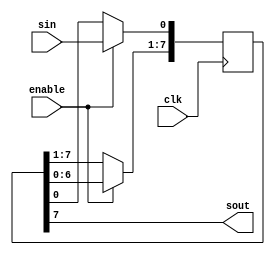
`timescale 1ns / 1ps

// Design Name: Write Verilog code for an 4-bit shift-left register with a negative-edge clock, a clock enable, a serial in and a serial out.

module Example21(sout, sin, clk, enable);
output sout;
input sin,clk,enable;
reg [7:0]temp;             

always @(negedge clk)

begin

if(enable)
begin
temp = temp<<1;
temp[0]=sin;
end

end
assign sout = temp[7];   

endmodule